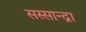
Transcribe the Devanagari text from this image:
सस्सान्द्रा